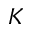
K